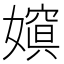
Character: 𡡨